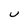
Character: U